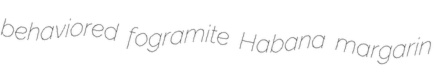
behaviored fogramite Habana margarin